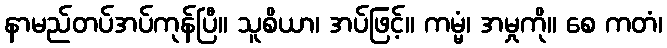
နာမည်တပ်အပ်ကုန်ပြီ။ သူစိယာ၊ အပ်ဖြင့်။ ကမ္မံ၊ အမှုကို။ စေ ကတံ၊